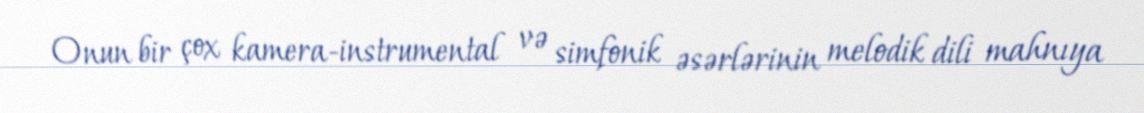
Onun bir çox kamera-instrumental və simfonik əsərlərinin melodik dili mahnıya